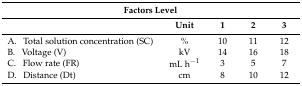
<table><thead><tr><td colspan="5"><b>Factors Level</b></td></tr><tr><td></td><td><b>Unit</b></td><td><b>1</b></td><td><b>2</b></td><td><b>3</b></td></tr></thead><tbody><tr><td>A. Total solution concentration (SC)</td><td>%</td><td>10</td><td>11</td><td>12</td></tr><tr><td>B. Voltage (V)</td><td>kV</td><td>14</td><td>16</td><td>18</td></tr><tr><td>C. Flow rate (FR)</td><td>mL h<sup>−1</sup></td><td>3</td><td>5</td><td>7</td></tr><tr><td>D. Distance (Dt)</td><td>cm</td><td>8</td><td>10</td><td>12</td></tr></tbody></table>